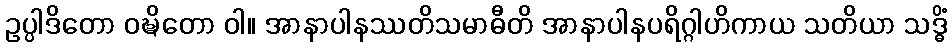
ဥပ္ပါဒိတော ဝဍ္ဎိတော ဝါ။ အာနာပါနဿတိသမာဓီတိ အာနာပါနပရိဂ္ဂါဟိကာယ သတိယာ သဒ္ဓိံ